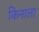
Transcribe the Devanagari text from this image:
किनाला